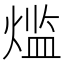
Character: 𬊶